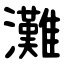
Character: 灘